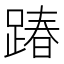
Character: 踳